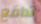
تدافع